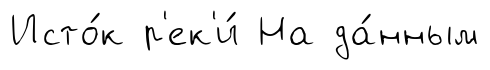
Исто́к р'ек'и́ На да́нным